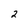
Character: 2